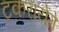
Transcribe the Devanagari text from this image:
टकरायेंगे